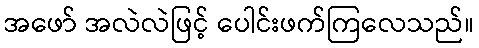
အဖော် အလဲလဲဖြင့် ပေါင်းဖက်ကြလေသည်။